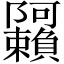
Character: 𬯩